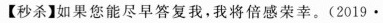
【秒杀】如果您能尽早答复我，我将倍感荣幸。(2019·